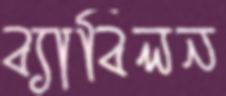
ব্যাবিলন